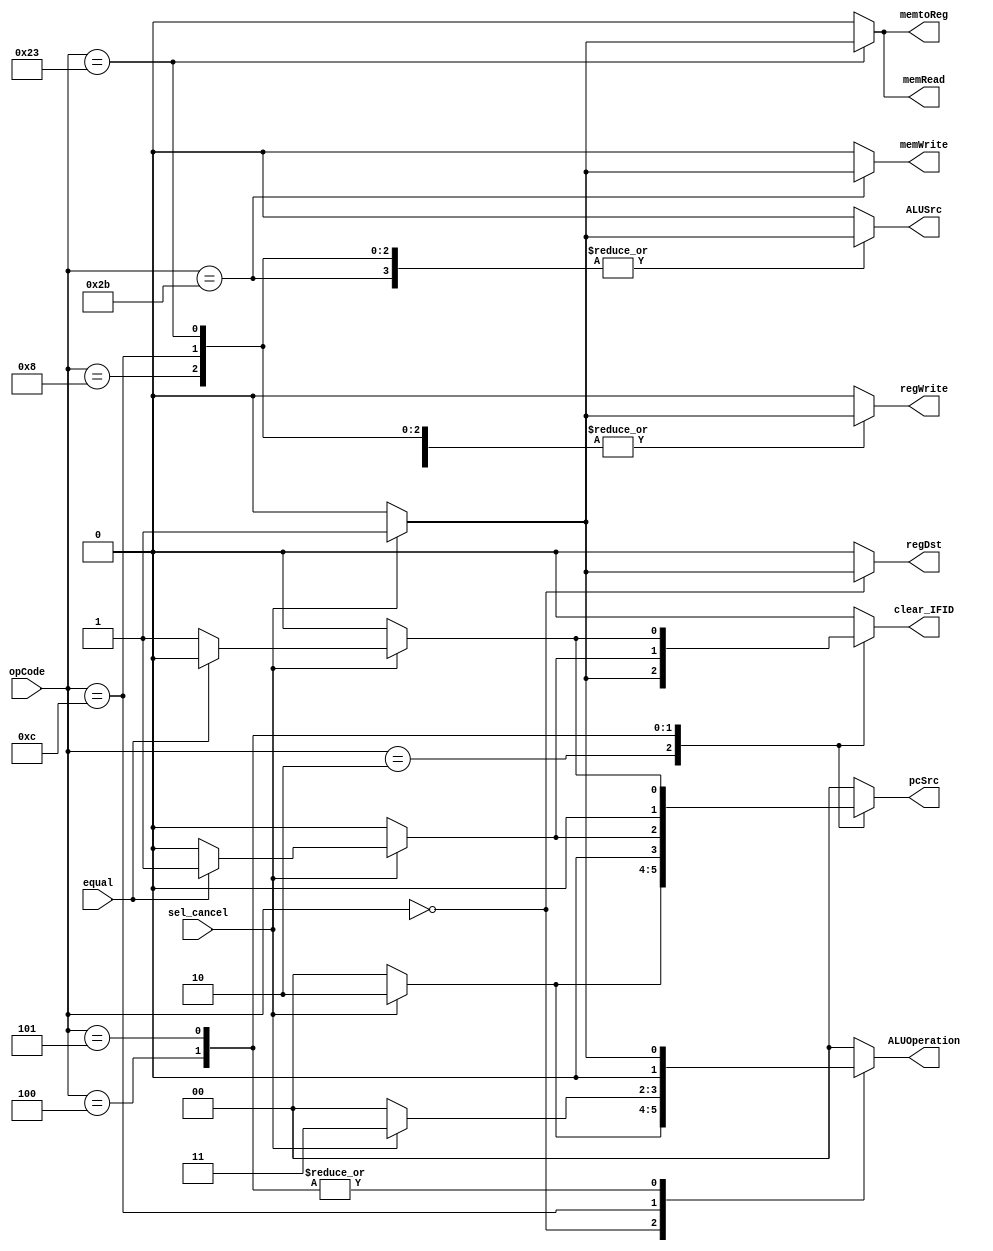
`timescale 1ns/1ns
module Controller(input equal , sel_cancel , input [5:0] opCode , output reg ALUSrc , regWrite , memWrite , memRead , memtoReg , regDst , clear_IFID ,
                  output reg [1:0] ALUOperation , pcSrc);
  
  always @(opCode) begin
    {ALUSrc , regWrite , memWrite , memRead , memtoReg , regDst , clear_IFID} = 7'b0;
    ALUOperation = 2'b0; pcSrc = 2'b0;
    
    case(opCode)
      // R-Type -> add , sub , and , or , slt 
      6'b000000: begin
        if(sel_cancel) begin
          regWrite = 1;
          ALUSrc = 0;
          ALUOperation = 2'b10;
          regDst = 1;
          memtoReg = 0;
        end
      end
      
      // addi
      6'b001000: begin
        if(sel_cancel) begin
          regWrite = 1;
          ALUSrc = 1;
          ALUOperation = 2'b00;
          regDst = 0;
          memtoReg = 0;
        end
      end
    
      // andi
      6'b001100: begin
        if(sel_cancel) begin
          regWrite = 1;
          ALUSrc = 1;
          ALUOperation = 2'b11;
          regDst = 0;
          memtoReg = 0;
        end
      end
    
      // lw
      6'b100011: begin
        if(sel_cancel) begin
          regWrite = 1;
          ALUSrc = 1;
          ALUOperation = 2'b00;
          regDst = 0;
          memtoReg = 1;
          memRead = 1;
        end
      end
      
      // sw
      6'b101011: begin
        if(sel_cancel) begin
          memWrite = 1;
          ALUSrc = 1;
          ALUOperation = 2'b00;
        end
      end
      
      // Jump
      6'b000010: begin
        if(sel_cancel) begin
          pcSrc = 2'b10;
          clear_IFID = 1'b1;
        end
      end
      
      // beq
      6'b000100: begin
        if(sel_cancel) begin
          ALUOperation = 2'b01;
          pcSrc = equal ? 2'b01 : 2'b00;
          clear_IFID = equal ? 1'b1 : 1'b0;
        end
      end
      
      // bneq
      6'b000101: begin
        if(sel_cancel) begin
          ALUOperation = 2'b01;
          pcSrc = equal ? 2'b00 : 2'b01;
          clear_IFID = equal ? 1'b0 : 1'b1;
        end
      end
    endcase
  
  end
  
endmodule